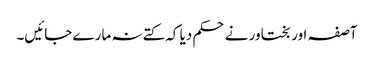
آصفہ اور بختاور نے حکم دیا کہ کتے نہ مارے جائیں۔